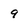
Character: 9